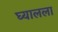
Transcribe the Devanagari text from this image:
घ्यालला